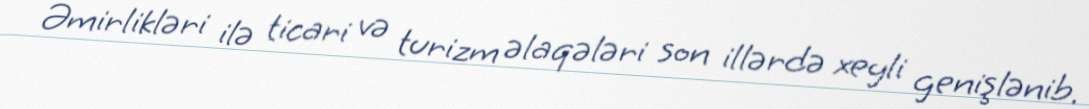
Əmirlikləri ilə ticari və turizm əlaqələri son illərdə xeyli genişlənib.